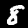
Digit: 8